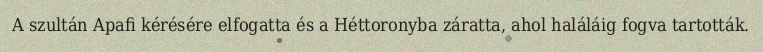
A szultán Apafi kérésére elfogatta és a Héttoronyba záratta, ahol haláláig fogva tartották.